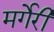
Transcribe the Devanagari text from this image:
मर्गेरी